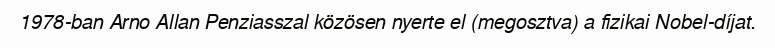
1978-ban Arno Allan Penziasszal közösen nyerte el (megosztva) a fizikai Nobel-díjat.